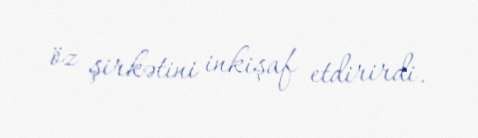
öz şirkətini inkişaf etdirirdi.